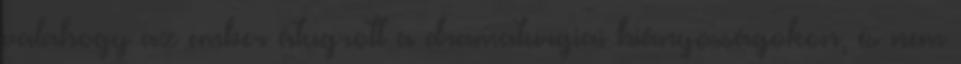
valahogy az ember átugrott a dramaturgiai hiányosságokon, és nem